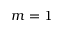
m = 1